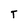
Character: T